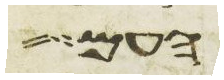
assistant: העם